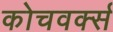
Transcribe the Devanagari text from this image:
कोचवर्क्स